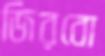
জিরবো